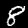
Digit: 8